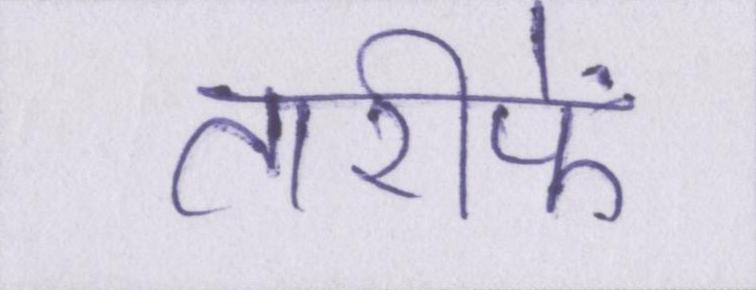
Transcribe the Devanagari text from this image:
तारीफें